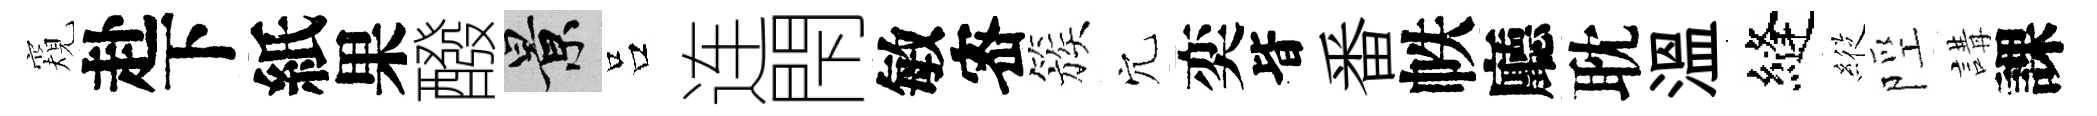
窺赴下紙果醱景吕连閇敏宻簇穴奕𣅜番帙廳耽溫縫𦂵陘講課